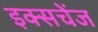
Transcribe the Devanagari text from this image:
इक्सचेंज